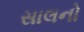
સાલનો